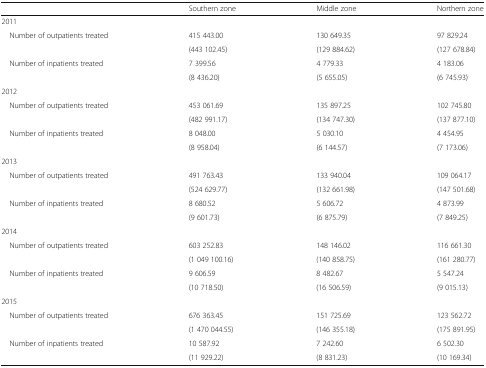
<table><thead><tr><td></td><td><b>Southern zone</b></td><td><b>Middle zone</b></td><td><b>Northern zone</b></td></tr></thead><tbody><tr><td colspan="4">2011</td></tr><tr><td rowspan="2"> Number of outpatients treated</td><td>415 443.00</td><td>130 649.35</td><td>97 829.24</td></tr><tr><td>(443 102.45)</td><td>(129 884.62)</td><td>(127 678.84)</td></tr><tr><td rowspan="2"> Number of inpatients treated</td><td>7 399.56</td><td>4 779.33</td><td>4 183.06</td></tr><tr><td>(8 436.20)</td><td>(5 655.05)</td><td>(6 745.93)</td></tr><tr><td colspan="4">2012</td></tr><tr><td rowspan="2"> Number of outpatients treated</td><td>453 061.69</td><td>135 897.25</td><td>102 745.80</td></tr><tr><td>(482 991.17)</td><td>(134 747.30)</td><td>(137 877.10)</td></tr><tr><td rowspan="2"> Number of inpatients treated</td><td>8 048.00</td><td>5 030.10</td><td>4 454.95</td></tr><tr><td>(8 958.04)</td><td>(6 144.57)</td><td>(7 173.06)</td></tr><tr><td colspan="4">2013</td></tr><tr><td rowspan="2"> Number of outpatients treated</td><td>491 763.43</td><td>133 940.04</td><td>109 064.17</td></tr><tr><td>(524 629.77)</td><td>(132 661.98)</td><td>(147 501.68)</td></tr><tr><td rowspan="2"> Number of inpatients treated</td><td>8 680.52</td><td>5 606.72</td><td>4 873.99</td></tr><tr><td>(9 601.73)</td><td>(6 875.79)</td><td>(7 849.25)</td></tr><tr><td colspan="4">2014</td></tr><tr><td rowspan="2"> Number of outpatients treated</td><td>603 252.83</td><td>148 146.02</td><td>116 661.30</td></tr><tr><td>(1 049 100.16)</td><td>(140 858.75)</td><td>(161 280.77)</td></tr><tr><td rowspan="2"> Number of inpatients treated</td><td>9 606.59</td><td>8 482.67</td><td>5 547.24</td></tr><tr><td>(10 718.50)</td><td>(16 506.59)</td><td>(9 015.13)</td></tr><tr><td colspan="4">2015</td></tr><tr><td rowspan="2"> Number of outpatients treated</td><td>676 363.45</td><td>151 725.69</td><td>123 562.72</td></tr><tr><td>(1 470 044.55)</td><td>(146 355.18)</td><td>(175 891.95)</td></tr><tr><td rowspan="2"> Number of inpatients treated</td><td>10 587.92</td><td>7 242.60</td><td>6 502.30</td></tr><tr><td>(11 929.22)</td><td>(8 831.23)</td><td>(10 169.34)</td></tr></tbody></table>